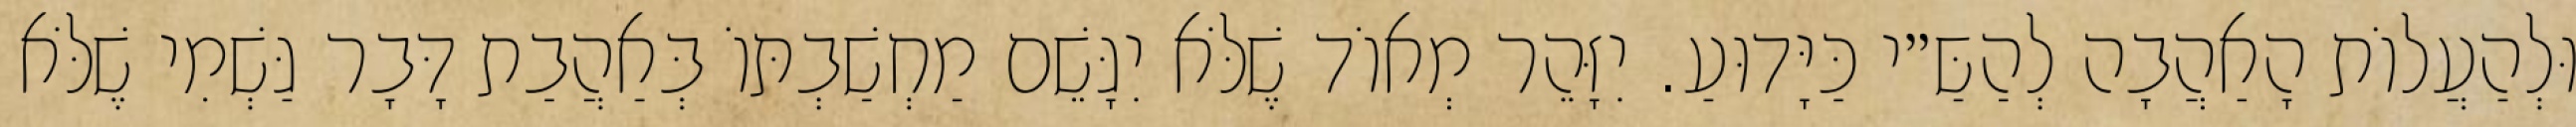
וּלְהַעֲלוֹת הָאַהֲבָה לְהַשַּ״י כַּיָּדוּעַ. יִזָּהֵר מְאוֹד שֶׁלֹּא יִגָּשֵׁם מַחְשַׁבְתּוֹ בְּאַהֲבַת דָּבָר גַּשְׁמִי שֶׁלֹּא